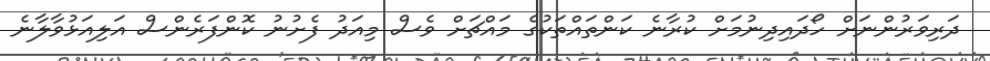
ދަރިވަރުންނަށް ހޯދައިދިނުމަށް ކުރާނެ ކަންތައްތަކުގެ މައްޗަށް ވެސް މިއަދު ފެށުނު ކޮންފަރެންސް އަލިއަޅުވާލާނެ